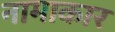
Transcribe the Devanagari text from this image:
नामाकार